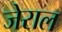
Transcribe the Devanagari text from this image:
जेराल